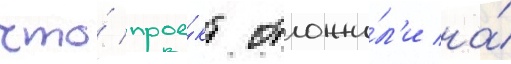
что́ прое́кт отложи́л'и на́